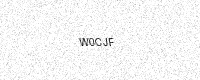
Text: W0CJF